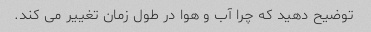
توضیح دهید که چرا آب و هوا در طول زمان تغییر می کند.